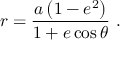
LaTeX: r = { \frac { a \left( 1 - e ^ { 2 } \right) } { 1 + e \cos \theta } } \ .